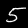
Label: 5